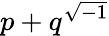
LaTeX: p+q^{\sqrt{-1}}